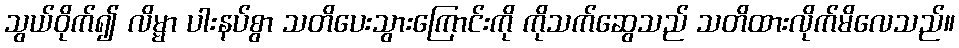
သွယ်ဝိုက်၍ လိမ္မာ ပါးနပ်စွာ သတိပေးသွားကြောင်းကို ကိုသက်ဆွေသည် သတိထားလိုက်မိလေသည်။